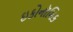
ઇકોનૉમિક